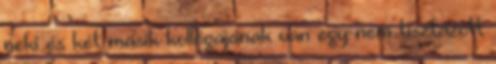
neki és két másik kollégájának van egy nem tisztázott